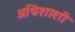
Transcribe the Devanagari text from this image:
अधिशाशी